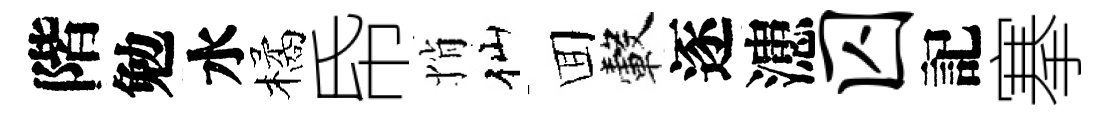
階勉水橘帋悄仙囬轂逐漶囚記搴